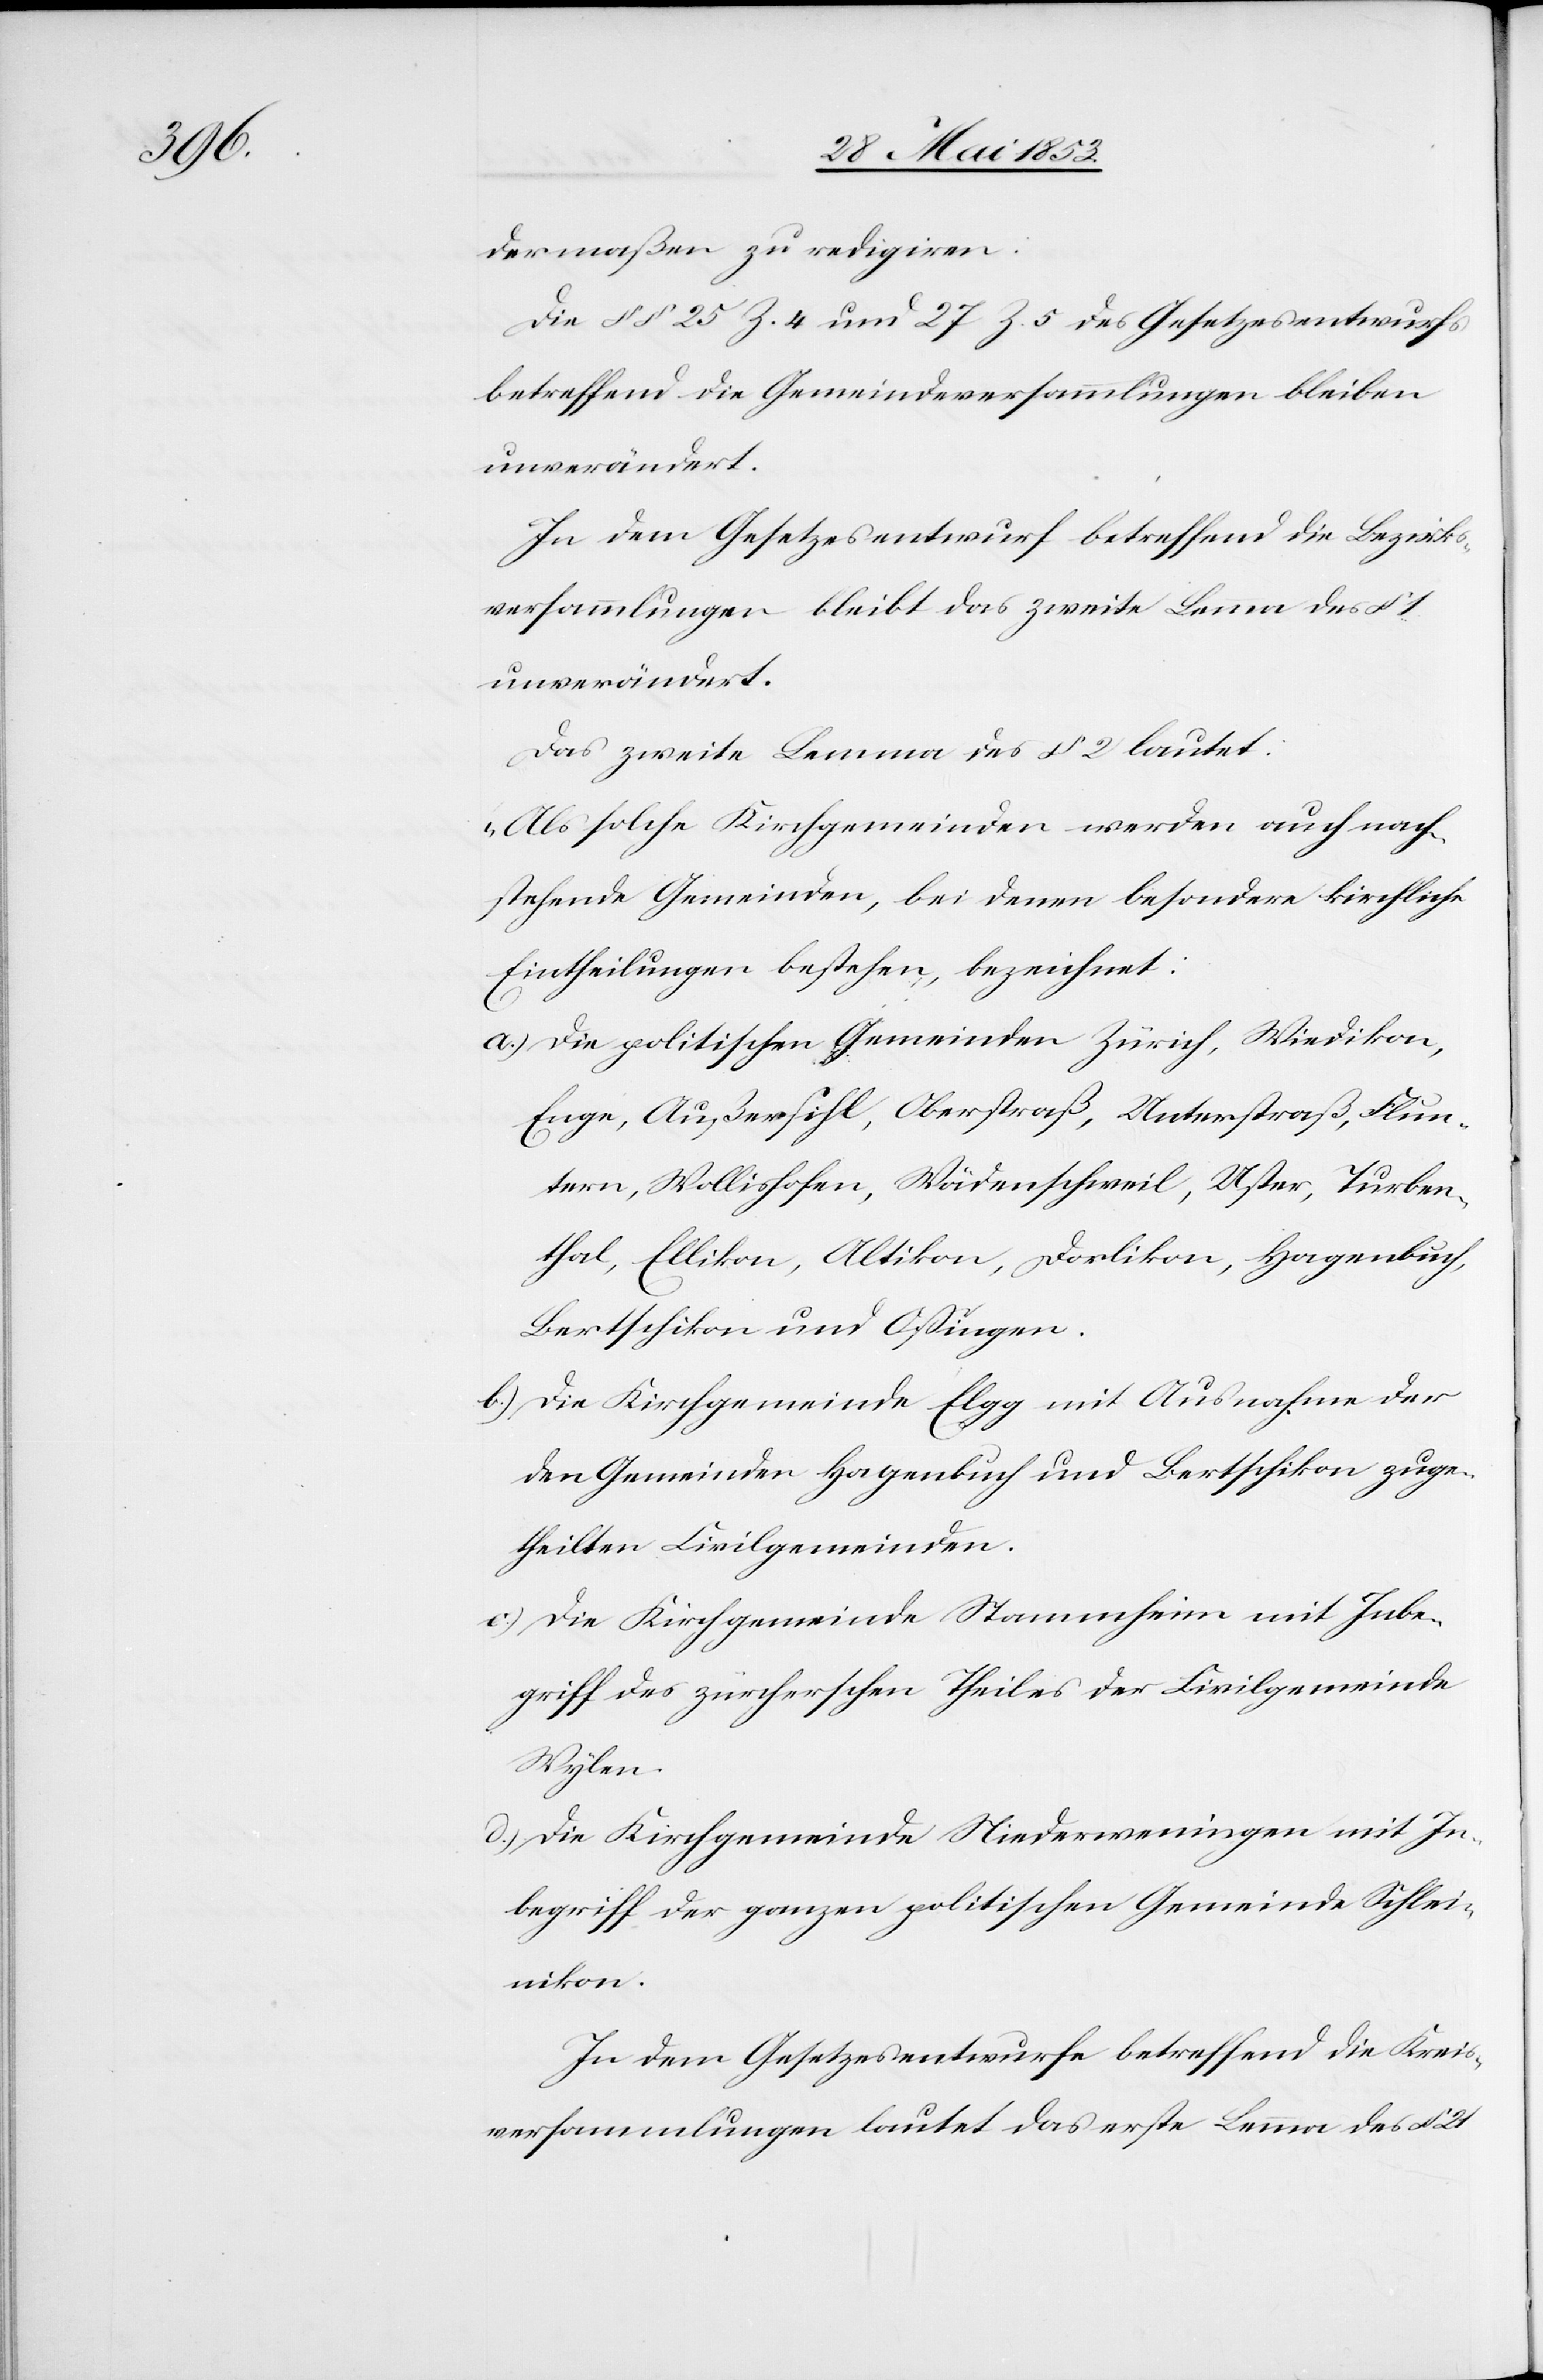
dermaßen zu redigiren:
Die §§ 25 Z. 4 und 27 Z. 5 des Gesetzesentwurfs
betreffend die Gemeindsversammlungen bleiben
In dem Gesetzesentwurf betreffend die Bezirks¬
versammlungen bleibt das zweite Lemma des §
unverändert.
Das zweite Lemma des § 2 lautet:
„Als solche Kirchgemeinden werden auch nach¬
stehende Gemeinden, bei denen besondere kirchliche
Eintheilungen bestehen, bezeichnet:
a.) Die politischen Gemeinden Zürich, Wiedikon,
Enge, Außersihl, Oberstraß, Unterstraß, Flun¬
tern, Wollishofen, Wädenschweil, Uster, Turben¬
thal, Ellikon, Altikon, Dorlikon, Hagenbuch,
Bertschikon und Oßingen.
b) Die Kirchgemeinde Elgg mit Ausnahmen der
den Gemeinden Hagenbuch und Bertschikon zuge¬
theilten Civilgemeinden.
c) Die Kirchgemeinde Stammheim mit Inbe¬
griff des zürcherschen Theiles der Civilgemeinde
Wyhen.
d) Die Kirchgemeinde Niederwenigen mit In¬
begriff der ganzen politischen Gemeinde Schlei¬
nikon:
In dem Gesetzesentwurfe betreffend die Kreis¬
versammlungen lautet das erste Lemma des § 21